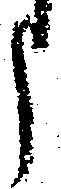
う